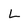
Character: L